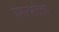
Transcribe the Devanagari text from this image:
प्रगल्‍भतेचा